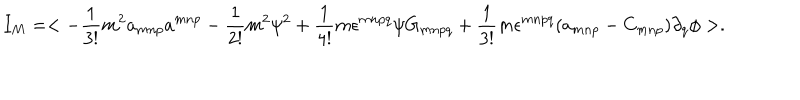
I _ { M } = < - \frac { 1 } { 3 ! } m ^ { 2 } a _ { m n p } a ^ { m n p } - \frac { 1 } { 2 ! } m ^ { 2 } \psi ^ { 2 } + \frac { 1 } { 4 ! } m \epsilon ^ { m n p q } \psi G _ { m n p q } + \frac { 1 } { 3 ! } m \epsilon ^ { m n p q } ( a _ { m n p } - C _ { m n p } ) \partial _ { q } \phi > .